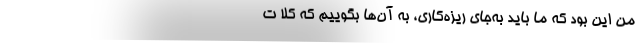
من این بود که ما باید به‌جای ریزه‌کاری، به آن‌ها بگوییم که کلاً ت